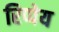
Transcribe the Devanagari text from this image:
रिप्पेय